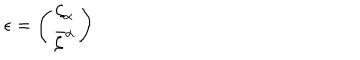
LaTeX: \epsilon = \left( \begin{array} { c } { { { \zeta } _ { \alpha } } } \\ { { { \bar { \zeta } } ^ { \dot { \alpha } } } } \\ \end{array} \right)